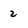
Character: 2